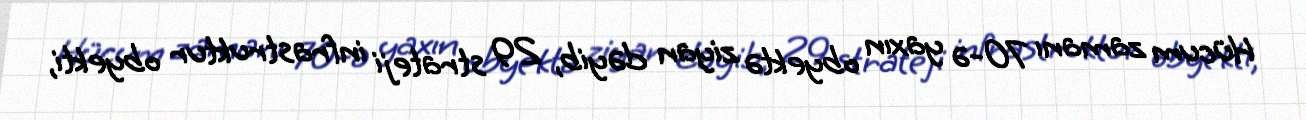
Hücum zamanı 70-ə yaxın obyektə ziyan dəyib, 29 strateji infrastruktur obyekti,